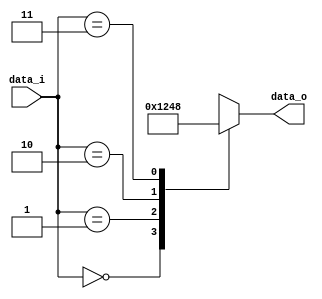
module Decoder24(  
    output reg [3:0] data_o,
    input [1:0] data_i
); 
    always @(*) begin 
        case (data_i) 
            2'b00: data_o = 4'b0001; 
            2'b01: data_o = 4'b0010; 
            2'b10: data_o = 4'b0100; 
            2'b11: data_o = 4'b1000; 
        endcase 
    end 
endmodule